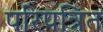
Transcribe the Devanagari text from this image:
परिपत्रित